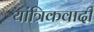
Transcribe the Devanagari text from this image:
यांत्रिकवादी